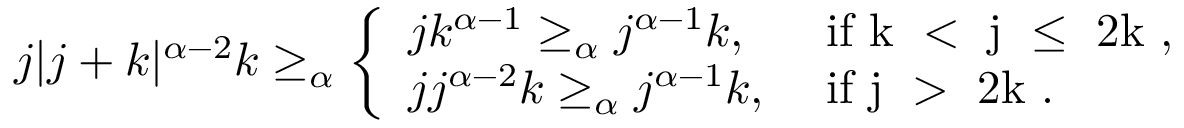
\begin{array} { r } { j | j + k | ^ { \alpha - 2 } k \ge _ { \alpha } \left\{ \begin{array} { l l } { j k ^ { \alpha - 1 } \ge _ { \alpha } j ^ { \alpha - 1 } k , } & { \mathrm { ~ i f ~ k ~ < ~ j ~ \le ~ 2 k ~ , } } \\ { j j ^ { \alpha - 2 } k \ge _ { \alpha } j ^ { \alpha - 1 } k , } & { \mathrm { ~ i f ~ j ~ > ~ 2 k ~ . } } \end{array} \right. } \end{array}